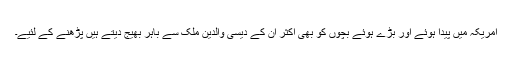
امریکہ میں پیدا ہوئے اور بڑے ہوئے بچوں کو بھی اکثر ان کے دیسی والدین ملک سے باہر بھیج دیتے ہیں پڑھنے کے لئیے۔